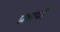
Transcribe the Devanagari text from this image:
प्रलापी